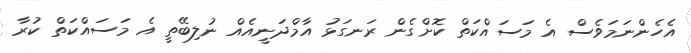
އެހެންނަމަވެސް އެ މަސައްކަތް ކޮށްގެން ރަނގަޅު އާމްދަނީއެއް ނުލިބޭތީ އެ މަސައްކަތް ކުރާ